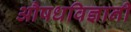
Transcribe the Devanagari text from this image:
औषधविज्ञानी